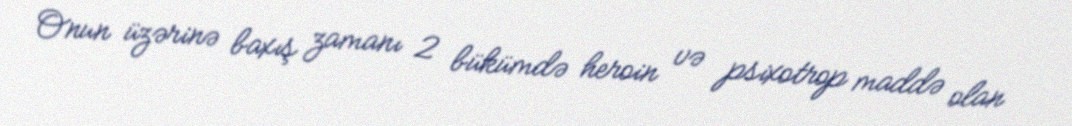
Onun üzərinə baxış zamanı 2 bükümdə heroin və psixotrop maddə olan